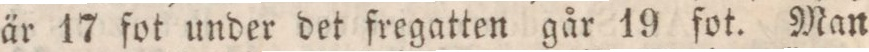
är 17 fot under det fregatten går 19 fot. Man